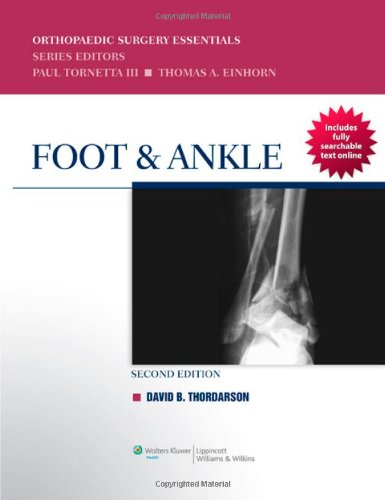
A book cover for Foot & Ankle (Orthopaedic Surgery Essentials); David Thordarson; Medical Books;